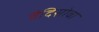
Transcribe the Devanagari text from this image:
वैदिसोवा